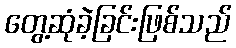
တွေ့ဆုံခဲ့ခြင်းဖြစ်သည်